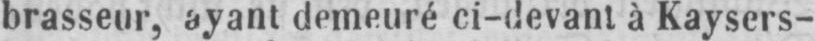
brasseur, ayant demeuré ci-devant à Kaysers-